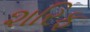
શરિફ